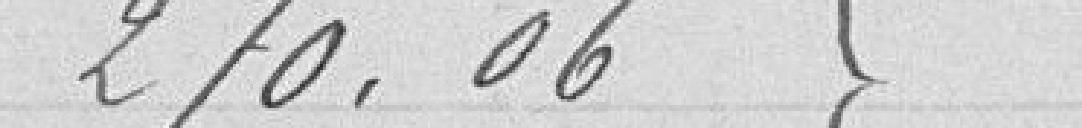
270,06